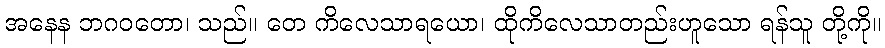
အနေန ဘဂဝတော၊ သည်။ တေ ကိလေသာရယော၊ ထိုကိလေသာတည်းဟူသော ရန်သူ တို့ကို။